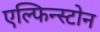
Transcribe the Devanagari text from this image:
एल्फिन्स्टोन